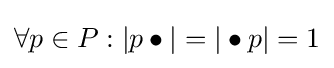
\forall p\in P:|p\bullet |=|\bullet p|=1